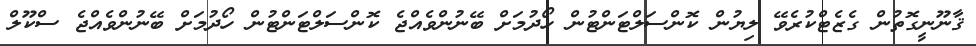
ޤާނޫނީގޮތުން ގެޒެޓްކުރެވޭ ލިޔުން ކޮންސަލްޓަންޓުން ހޯދުމަށް ބޭނުންވެއްޖެ ކޮންސަލްޓަންޓުން ހޯދުމަށް ބޭނުންވެއްޖެ ސްކޫލް